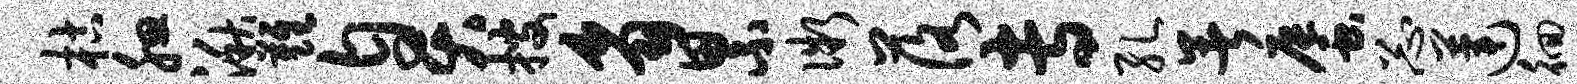
枯腮湫难臭搜豸累微落专孔暑蜃忐莲徊